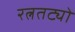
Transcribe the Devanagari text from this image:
रत्नतट्यो